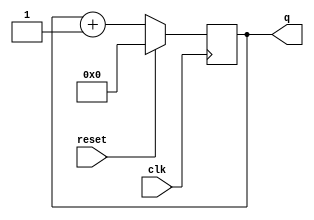
module top_module
(
	input	        clk     ,
	input	        reset   ,   // Synchronous active-high reset
		
	output	[3:0]   q
);                                                                                                      
reg [3:0]   ctr;

    always@(posedge clk)
    begin
        if(reset)   ctr <= 4'b0 ;
        else        ctr <= ctr + 1'b1;
    end
       
assign q = ctr;

endmodule
module top_module
(
	input	        clk     ,
	input	        reset   ,   // Synchronous active-high reset
		
	output	[3:0]   q
);          
	
	always @(posedge clk)
		if (reset)
			q <= 0;
		else
			q <= q+1;		// Because q is 4 bits, it rolls over from 15 -> 0.
		// If you want a counter that counts a range different from 0 to (2^n)-1, 
		// then you need to add another rule to reset q to 0 when roll-over should occur.
	
endmodule